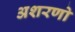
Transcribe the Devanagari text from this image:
अशरणो